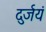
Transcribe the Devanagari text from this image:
दुर्जयं